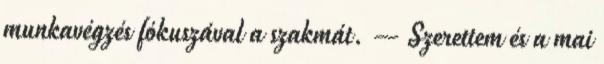
munkavégzés fókuszával a szakmát. — Szerettem és a mai